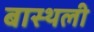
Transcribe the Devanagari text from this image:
बास्थली